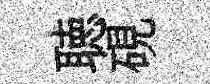
聴硯